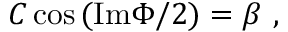
C \cos { ( \mathrm { I m } \Phi / 2 ) } = \beta \ ,